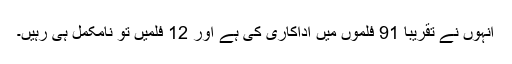
انہوں نے تقریباً 91 فلموں میں اداکاری کی ہے اور 12 فلمیں تو نامکمل ہی رہیں۔